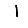
Digit: 1